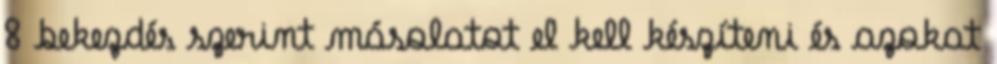
8 bekezdés szerint másolatot el kell készíteni és azokat